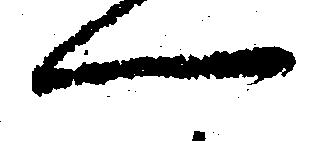
へ